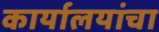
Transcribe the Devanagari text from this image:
कार्यालयांचा